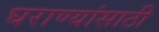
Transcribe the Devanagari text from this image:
घराण्यांसाठी